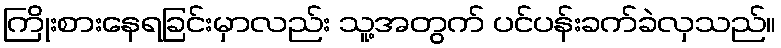
ကြိုးစားနေရခြင်းမှာလည်း သူ့အတွက် ပင်ပန်းခက်ခဲလှသည်။